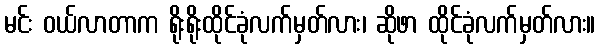
မင်း ဝယ်လာတာက ရိုးရိုးထိုင်ခုံလက်မှတ်လား၊ ဆိုဖာ ထိုင်ခုံလက်မှတ်လား။